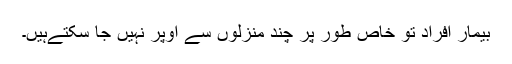
بیمار افراد تو خاص طور پر چند منزلوں سے اوپر نہیں جا سکتےہیں۔